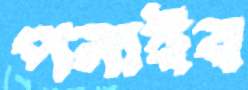
পলাইব